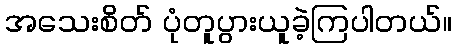
အသေးစိတ် ပုံတူပွားယူခဲ့ကြပါတယ်။